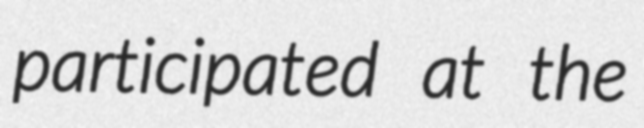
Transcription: participated at the